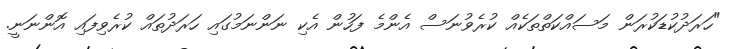
"ހަރަދުކުޑަކުރަން މަސައްކަތްތަކެއް ކުރެވުނަސް އެންމެ ފަހުން އެކި ނަންނަމުގައި ހަރަދުތައް ކުރެވިފައި އޮންނަނީ.